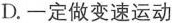
D.一定做变速运动